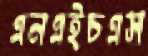
এনএইচএস